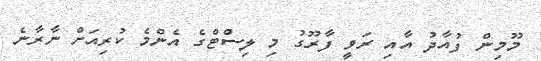
މޫމިން ފުއާދު އާއި ރަވީ ފާރޫގު މި ލިސްޓްގެ އެންމެ ކުރިއަށް ނާރާނެ